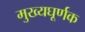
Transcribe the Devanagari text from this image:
मुख्यघूर्णक